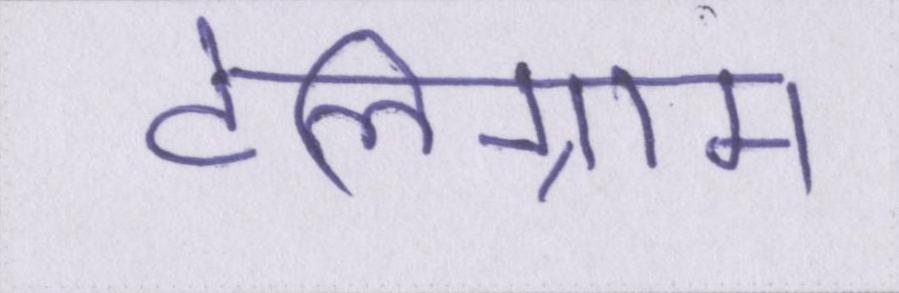
टेलिग्राम